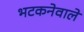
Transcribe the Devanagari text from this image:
भटकनेवाले